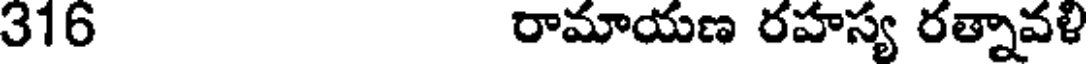
316 రామాయణ రహస్య రత్నావళి